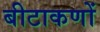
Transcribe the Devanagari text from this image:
बीटाकणों